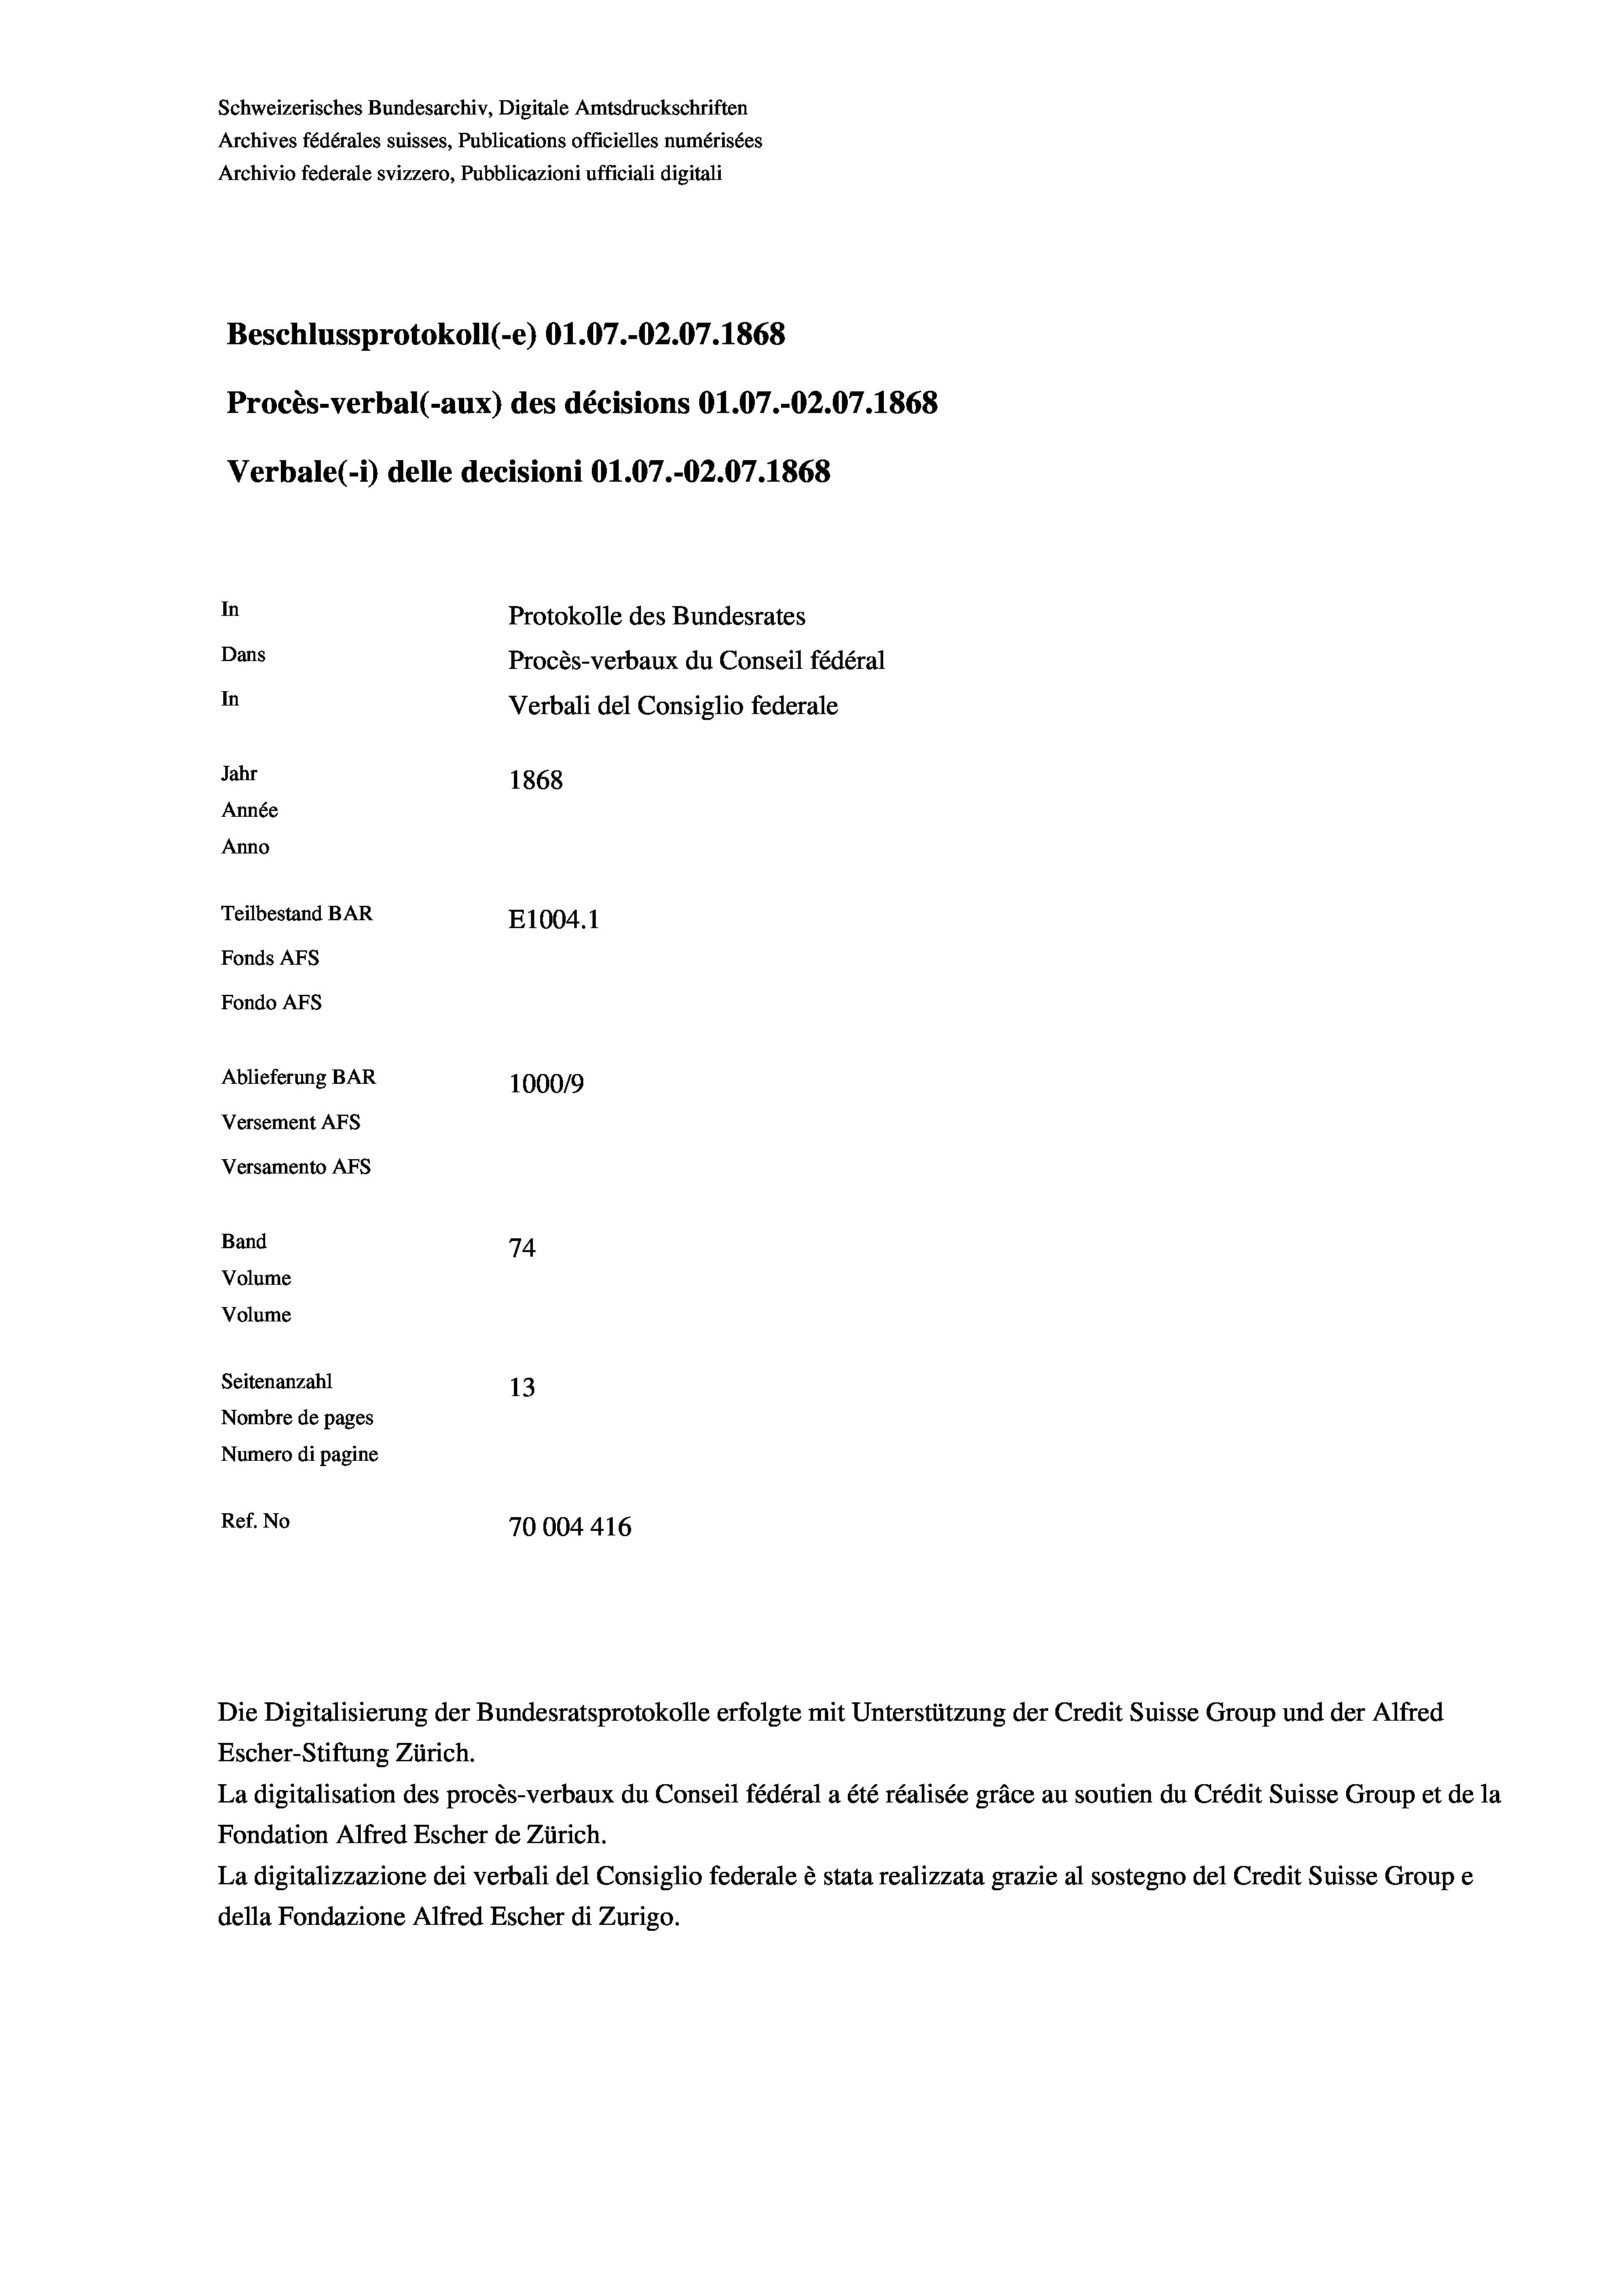
Schweizerisches Bundesarchiv, Digitale Amtsdruckschriften
Archives fédérales suisses, Publications officielles numérisées
Archivio federale svizzero, Pubblicazioni ufficiali digitali
Beschlussprotokoll (-e) O1.07.-O2.07. 1868
Procès-verbal (-aux) des décisions O1.07.-O2.07. 1868
Verbale(-*) delle decisioni O1.07.-O2.07. 1868
In
Protokolle des Bundesrates
Dans
Procès-verbaux du Conseil fédéral
In
Verbali del Consiglio federale
Jahr
1868
Année
Anno
Teilbestand BAR
E1004.1
Fonds AFs
Fondo AFS
Ablieferung BAR
100019
Versement AFs
Versamento AFs
Band
74
Volume
Volume
Seitenanzahl
13
Nombre de pages
Numero di pagine
Ref. No
70004416

Escher-Stiftung Zürich.
La digitalisation des procès-verbaux du Conseil fédéral a été réalisée gräce au soutien du Crédit Suisse Group et de la
Fondation Alfred Escher de Zürich.
La digitalizzazione dei verbali del Consiglio federale è stata realizzata grazie al sostegno del Credit Suisse Groupe
della Fondazione Alfred Escher di Zurigo.

Die Digitalisierung der Bundesratsprotokolle erfolgte mit Unterstützung der Credit Suisse Group und der Alfred